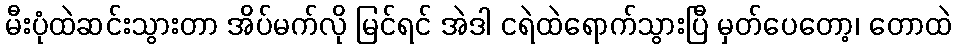
မီးပုံထဲဆင်းသွားတာ အိပ်မက်လို မြင်ရင် အဲဒါ ငရဲထဲရောက်သွားပြီ မှတ်ပေတော့၊ တောထဲ